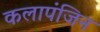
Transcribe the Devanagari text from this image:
कलापंजिन